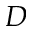
D